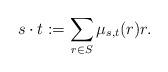
LaTeX: \begin{align*}s\cdot t:=\sum_{r\in S} \mu_{s,t}(r)r. \end{align*}